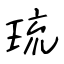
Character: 琉